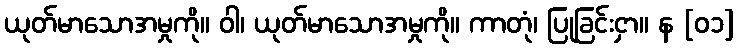
ယုတ်မာသောအမှုကို။ ဝါ၊ ယုတ်မာသောအမှုကို။ ကာတုံ၊ ပြုခြင်းငှာ။ န [၀၁]